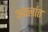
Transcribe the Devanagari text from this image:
अक्लांत